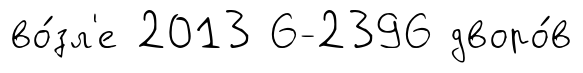
во́зл'е 2013 6-2396 дворо́в